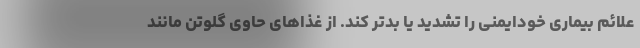
علائم بیماری خودایمنی را تشدید یا بدتر کند. از غذاهای حاوی گلوتن مانند